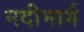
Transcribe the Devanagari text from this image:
नदीमार्ग